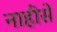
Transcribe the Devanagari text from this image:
नाहीसें